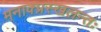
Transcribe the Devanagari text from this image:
मनाक्प्रस्खलन्तः